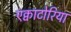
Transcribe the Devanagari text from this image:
एक्वाटोरिया